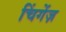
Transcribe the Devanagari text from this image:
चिंगेंज़